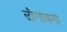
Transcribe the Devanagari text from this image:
ळौगांबगां